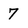
Character: 7